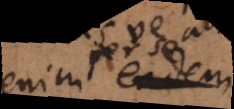
enim idem